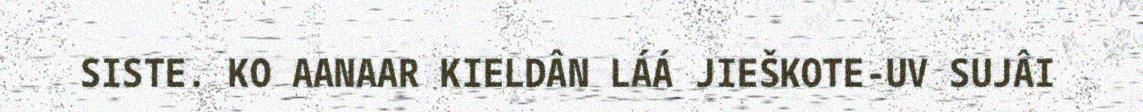
SISTE. KO AANAAR KIELDÂN LÁÁ JIEŠKOTE-UV SUJÂI